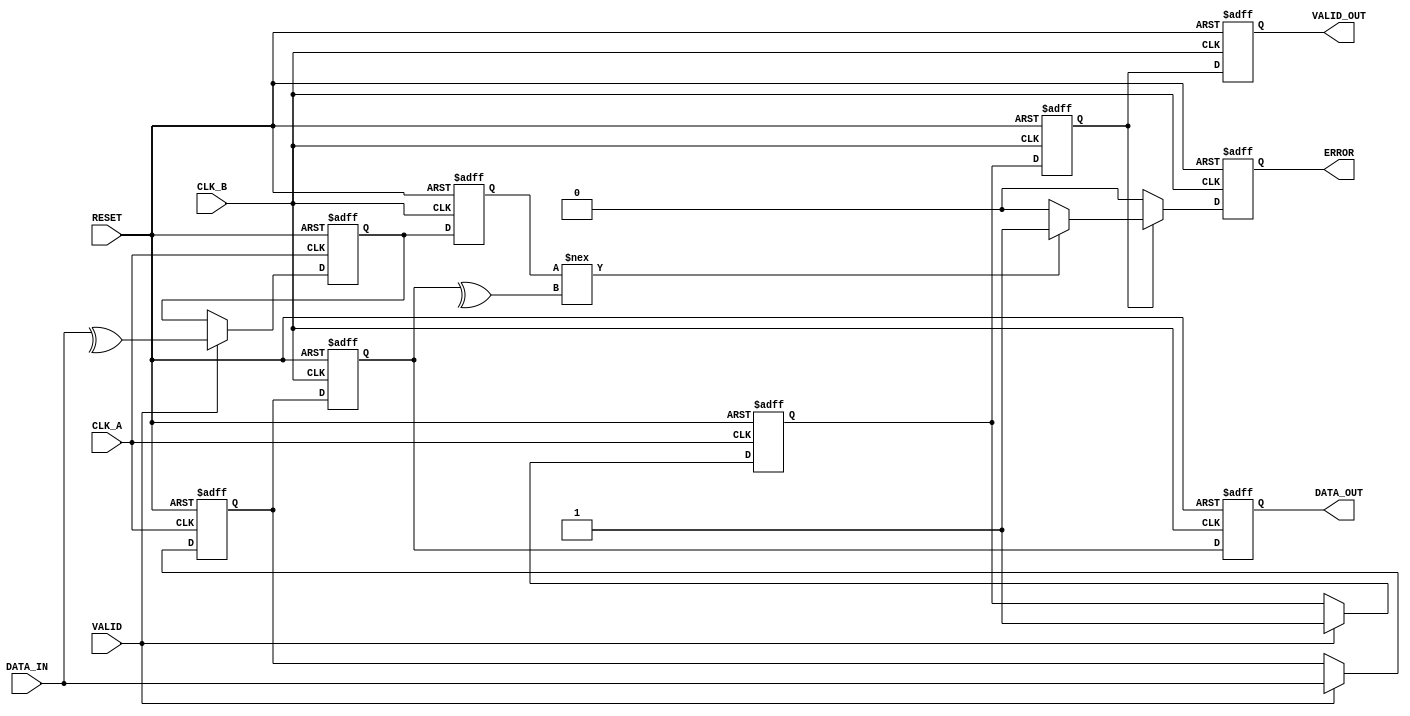
module cdc_with_error_detection (
    input wire CLK_A,
    input wire CLK_B,
    input wire RESET,
    input wire [7:0] DATA_IN, // 8-bit data input
    input wire VALID,          // Valid signal in CLK_A domain
    output reg [7:0] DATA_OUT, // Synchronized data output in CLK_B domain
    output reg VALID_OUT,      // Synchronized valid output in CLK_B domain
    output reg ERROR           // Error signal in CLK_B domain
);

    // Parity bit calculation
    wire parity_bit;
    assign parity_bit = ^DATA_IN; // Even parity

    // Synchronization registers in CLK_B domain
    reg [7:0] data_sync_1, data_sync_2;
    reg valid_sync_1, valid_sync_2;
    reg parity_sync_1, parity_sync_2;

    // Handshaking and synchronization in CLK_A domain
    always @(posedge CLK_A or posedge RESET) begin
        if (RESET) begin
            // Reset logic
            data_sync_1 <= 8'b0;
            valid_sync_1 <= 1'b0;
            parity_sync_1 <= 1'b0;
        end else if (VALID) begin
            // Capture data and parity when VALID is high
            data_sync_1 <= DATA_IN;
            valid_sync_1 <= 1'b1;
            parity_sync_1 <= parity_bit;
        end
    end

    // Dual flip-flop synchronizer in CLK_B domain
    always @(posedge CLK_B or posedge RESET) begin
        if (RESET) begin
            data_sync_2 <= 8'b0;
            valid_sync_2 <= 1'b0;
            parity_sync_2 <= 1'b0;
            DATA_OUT <= 8'b0;
            VALID_OUT <= 1'b0;
            ERROR <= 1'b0;
        end else begin
            // Synchronize data and valid signals
            data_sync_2 <= data_sync_1;
            valid_sync_2 <= valid_sync_1;
            parity_sync_2 <= parity_sync_1;

            // Output data and valid signal
            DATA_OUT <= data_sync_2;
            VALID_OUT <= valid_sync_2;

            // Error detection logic
            if (valid_sync_2) begin
                // Check parity
                if (parity_sync_2 !== (^data_sync_2)) begin
                    ERROR <= 1'b1; // Error detected
                end else begin
                    ERROR <= 1'b0; // No error
                end
            end else begin
                ERROR <= 1'b0; // No error if valid is low
            end
        end
    end

endmodule